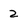
Character: 2